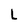
Character: L